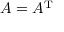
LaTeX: A = A ^ { \mathrm { T } }